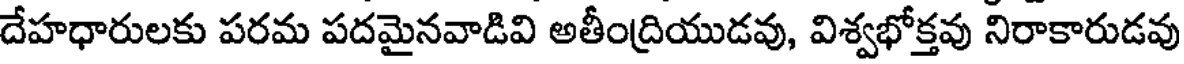
దేహధారులకు పరమ పదమైనవాడివి అతీంద్రియుడవు, విశ్వభోక్తవు నిరాకారుడవు